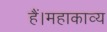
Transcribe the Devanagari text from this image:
हैं।महाकाव्य